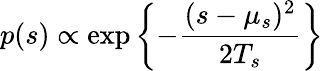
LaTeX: p(s)\propto\exp\left\{ -\frac{(s-\mu_{s})^{2}}{2T_{s}}\right\}